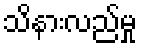
သိနားလည်မှု